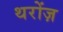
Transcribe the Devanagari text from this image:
थरोंज़